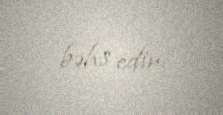
bəhs edir.